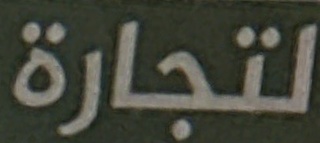
لتجارة